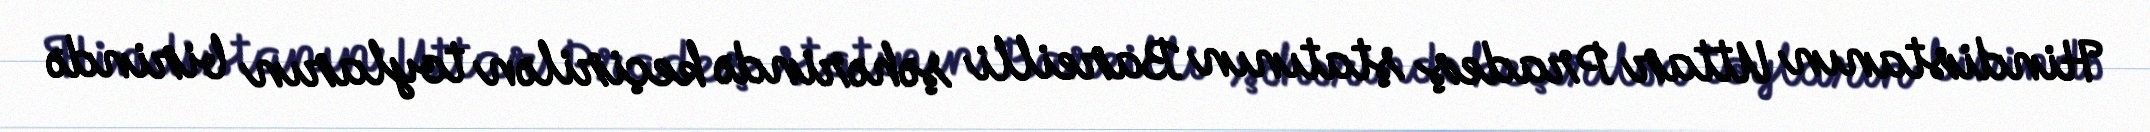
Hindistanın Uttar Pradeş ştatının Bareilli şəhərində keçirilən toyların birində